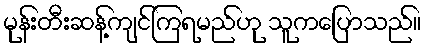
မုန်းတီးဆန့်ကျင်ကြရမည်ဟု သူကပြောသည်။